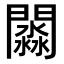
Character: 𨶺